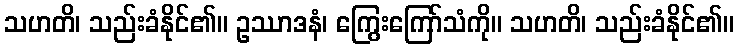
သဟတိ၊ သည်းခံနိုင်၏။ ဥဿာဒနံ၊ ကြွေးကြော်သံကို။ သဟတိ၊ သည်းခံနိုင်၏။